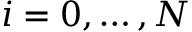
i = 0 , \dots , N